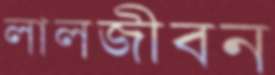
লালজীবন